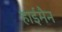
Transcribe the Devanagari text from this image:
हाईमैन